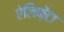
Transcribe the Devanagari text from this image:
ऐलिफ़ेंटा